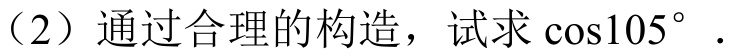
（2）通过合理的构造，试求\(\cos105^{\circ}\).